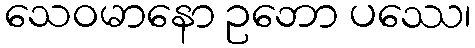
သေဝမာနော ဥဘော ပဿေ၊